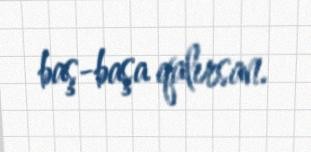
baş-başa qalırsan.